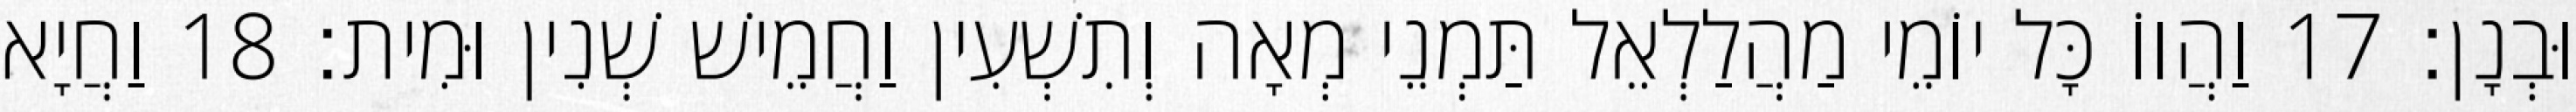
וּבְנָן׃ 17 וַהֲווֹ כָּל יוֹמֵי מַהֲלַלְאֵל תַּמְנֵי מְאָה וְתִשְׁעִין וַחֲמֵישׁ שְׁנִין וּמִית׃ 18 וַחֲיָא